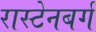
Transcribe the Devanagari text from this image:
रास्टेनबर्ग